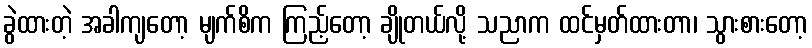
ခွဲထားတဲ့ အခါကျတော့ မျက်စိက ကြည့်တော့ ချိုတယ်လို့ သညာက ထင်မှတ်ထားတာ၊ သွားစားတော့